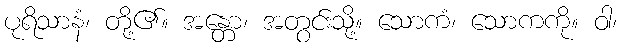
ပုရိသာနံ၊ တို့၏။ အန္တော၊ အတွင်းသို့။ သောကံ၊ သောကကို။ ဝါ၊